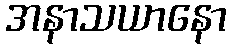
အနာသယာနော